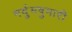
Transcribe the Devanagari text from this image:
मर्दुमषुमारी